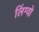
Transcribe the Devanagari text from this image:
लिंग्वो